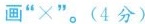
画”×”。(4分)